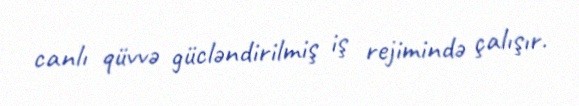
canlı qüvvə gücləndirilmiş iş rejimində çalışır.